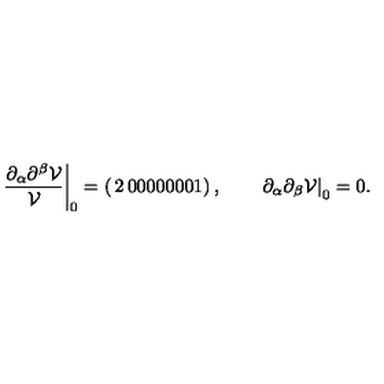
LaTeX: \left. \frac { \partial _ { \alpha } \partial ^ { \beta } \mathcal { V } } { \mathcal { V } } \right| _ { 0 } = \left( \begin{matrix} { 2 } & { 0 } & { 0 } \\ { 0 } & { 0 } & { 0 } \\ { 0 } & { 0 } & { 1 } \\ \end{matrix} \right) , \qquad \left. \partial _ { \alpha } \partial _ { \beta } \mathcal { V } \right| _ { 0 } = 0 .